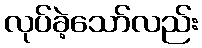
လုပ်ခဲ့သော်လည်း